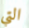
التي